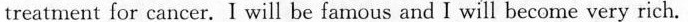
treatment for cancer. I will be famous and I will become very rich.